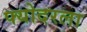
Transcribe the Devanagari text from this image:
फ्योदरला